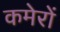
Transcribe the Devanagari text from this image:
कमेरों